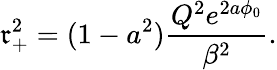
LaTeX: \mathfrak{r}_{+}^{2}=(1-a^{2})\frac{{Q^{2}e^{2a\phi_{0}}}}{{\beta^{2}}}.